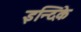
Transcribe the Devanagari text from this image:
इन्दिके